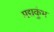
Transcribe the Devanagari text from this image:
मद्यकुंभ